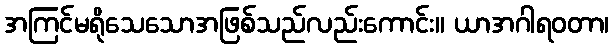
အကြင်မရိုသေသောအဖြစ်သည်လည်းကောင်း။ ယာအဂါရဝတာ၊